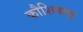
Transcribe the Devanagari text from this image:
कौशिकपुर